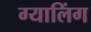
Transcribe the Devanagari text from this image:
ग्यालिंग